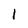
Character: 1